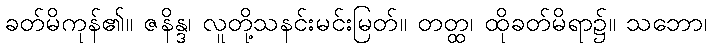
ခတ်မိကုန်၏။ ဇနိန္ဒ၊ လူတို့သနင်းမင်းမြတ်။ တတ္ထ၊ ထိုခတ်မိရာ၌။ သဘော၊